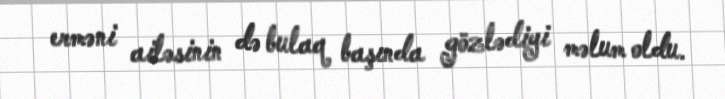
erməni ailəsinin də bulaq başında gözlədiyi məlum oldu.